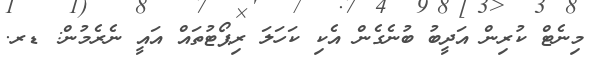
މިނެޓް ކުރިން އަދީބު ބުނެގެން އެކި ކަހަލަ ރިޕޯޓުތައް އައީ ނެރެމުން: ޑރ.